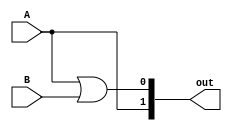
module decisor (A, B, out);

   input   A, B; // ENTRADAS DO MODULO RELACIONADA A ATIVAO DA FUNO DOIS EM CADA DAS INTERFACES
   output  [1:0] out; // SAIDAS DO MODULO RELACIONADAS A SE A FUNCIONALIDADE 2 FOI ATIVADA, E QUAL DAS DUAS INTERFACES
							 // DEVE TER SEU CODIGO PASSADO (1 PARA A IE02 TER SEU CODIGO PASSADO E 0 PARA A IE01 TER SEU CODIGO PASSADO PARA FRENTE)
	 
	// PORTAS LOGICAS OR PARA GERAR AS DUAS SAIDAS DO MODULO
	or out0 (out[0], A, B);
	or out1 (out[1], A);

endmodule